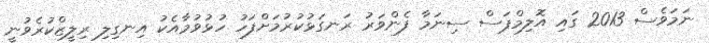
ނަމަވެސް 2013 ގައި އޮލިމްޕަސް ސިނަމާ ފެންވަރު ރަނގަޅުކުރުމަށްފަހު ހުޅުވުމާއެކު އިނގިލި ރިލީޒްކުރެވުނީ